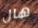
هال